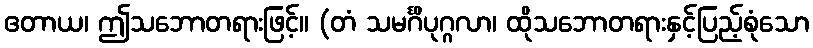
ဧတာယ၊ ဤသဘောတရားဖြင့်။ (တံ သမင်္ဂိပုဂ္ဂလာ၊ ထိုသဘောတရားနှင့်ပြည့်စုံသော